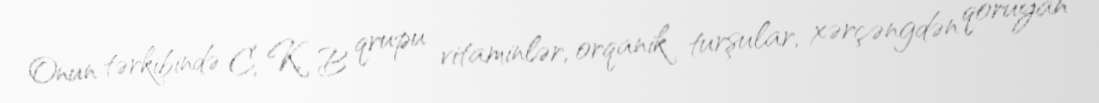
Onun tərkibində C, K, B qrupu vitaminlər, orqanik turşular, xərçəngdən qoruyan